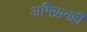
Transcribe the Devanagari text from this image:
अभिप्रायही